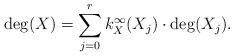
LaTeX: \begin{align*}{\rm deg}(X)=\sum\limits_{j=0}^r k_X^{\infty }(X_j)\cdot{\rm deg}(X_j).\end{align*}